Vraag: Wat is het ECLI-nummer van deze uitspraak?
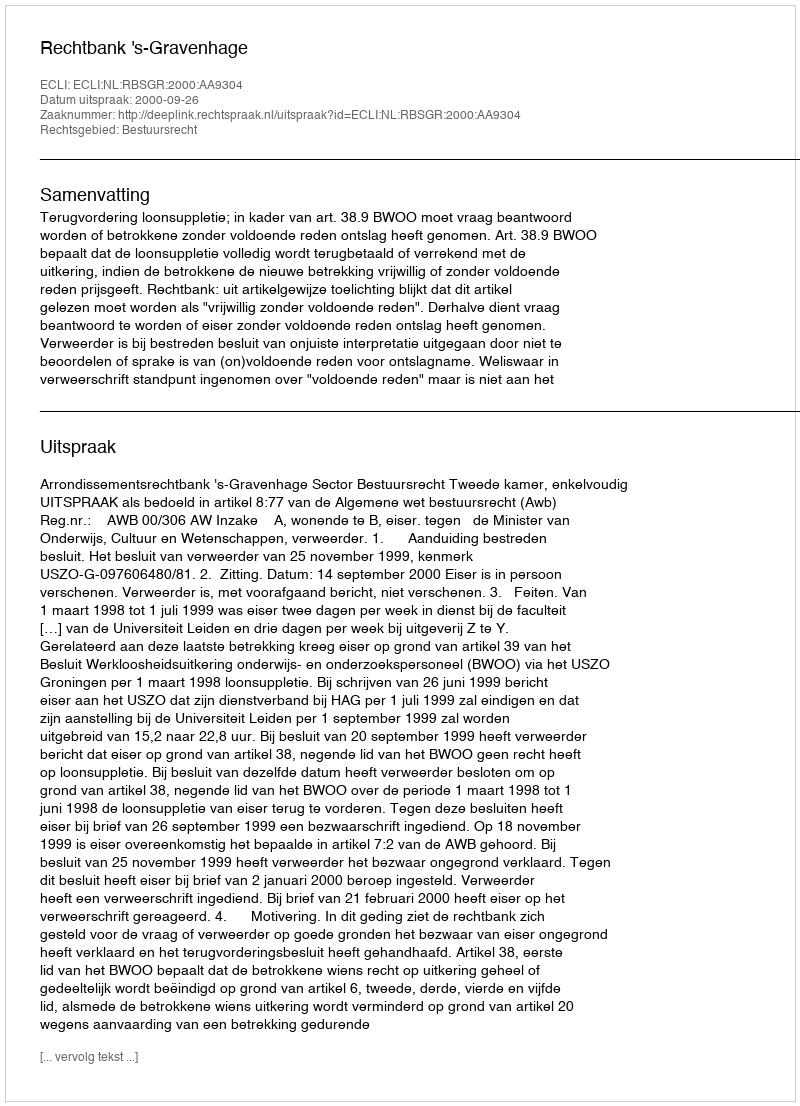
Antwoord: ECLI:NL:RBSGR:2000:AA9304